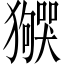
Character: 𬍌